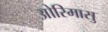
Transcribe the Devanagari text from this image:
ओरिमासु